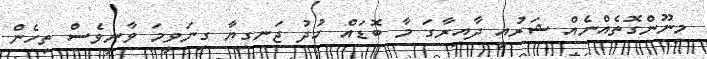
މިނޫންގޮތެއްނެއް ޝަރުއީ ދާއިރާގަ މާ ބޮޑައް ހުދު ޖަނގިޔާ ގިނަވީމަ ވާނީވެސް ތިހެން